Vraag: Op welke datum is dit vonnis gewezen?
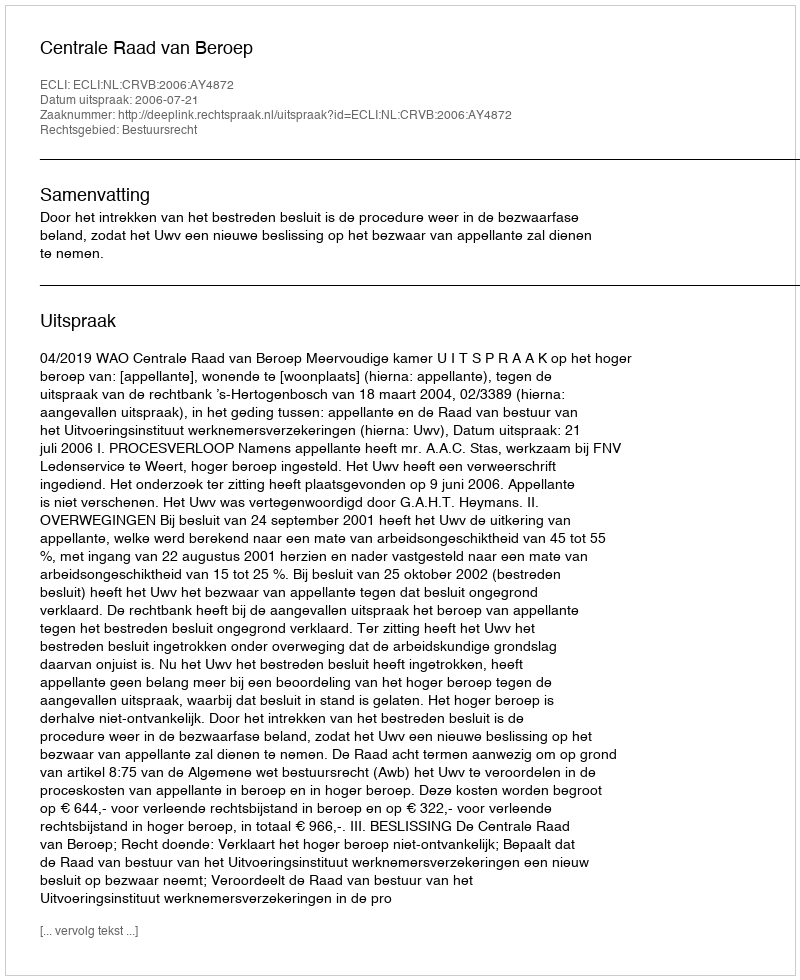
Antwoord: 2006-07-21